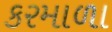
કરમાળા